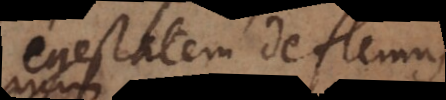
statem deflemus,